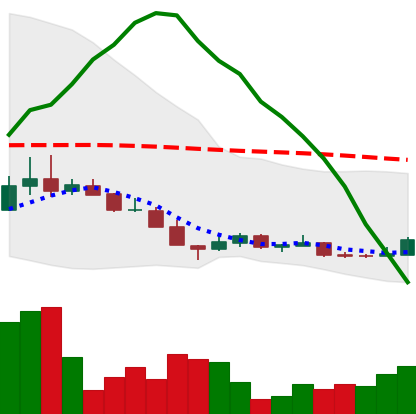
Ticker: LINK-USD
Chart end date: 2018-12-17
Forward return: 33.366%
Label: up_7plus